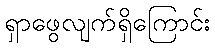
ရှာဖွေလျက်ရှိကြောင်း